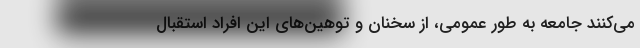
می‌کنند جامعه به طور عمومی، از سخنان و توهین‌های این افراد استقبال